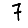
Digit: 7